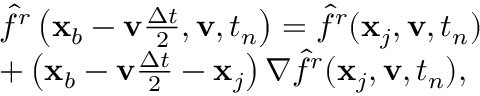
\begin{array} { r l } & { \hat { f } ^ { r } \left( \mathbf x _ { b } - \mathbf v \frac { \Delta t } { 2 } , \mathbf v , t _ { n } \right) = \hat { f } ^ { r } ( \mathbf x _ { j } , \mathbf v , t _ { n } ) } \\ & { + \left( \mathbf x _ { b } - \mathbf v \frac { \Delta t } { 2 } - \mathbf x _ { j } \right) \nabla \hat { f } ^ { r } ( \mathbf x _ { j } , \mathbf v , t _ { n } ) , } \end{array}